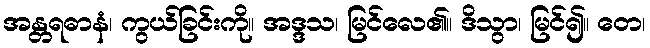
အန္တရဓာနံ၊ ကွယ်ခြင်းကို။ အဒ္ဒသ၊ မြင်လေ၏။ ဒိသွာ၊ မြင်၍။ တေ၊